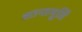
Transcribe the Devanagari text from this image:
शान्तमूर्तिं